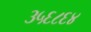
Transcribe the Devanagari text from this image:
३५६८६४